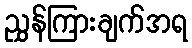
ညွှန်ကြားချက်အရ